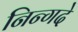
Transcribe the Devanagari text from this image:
निन्गदे